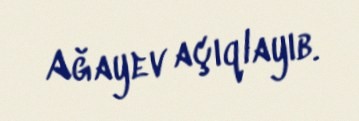
Ağayev açıqlayıb.